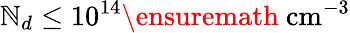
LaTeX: \mathbb{N}_{d}\leq10^{14}\ensuremath{{~\mathrm{{cm}}^{-3}}}